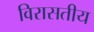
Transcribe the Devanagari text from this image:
विरासतीय